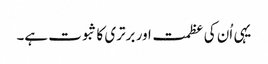
یہی اُن کی عظمت اور برتری کا ثبوت ہے۔